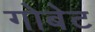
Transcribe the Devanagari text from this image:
गोबेट